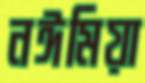
নঈমিয়া